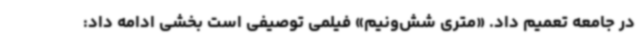
در جامعه تعمیم داد. «متری شش‌ونیم» فیلمی توصیفی است بخشی ادامه داد: